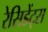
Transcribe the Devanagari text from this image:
रेसिडेंट्स